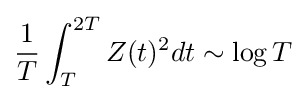
{\frac {1}{T}}\int _{T}^{2T}Z(t)^{2}dt\sim \log T